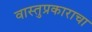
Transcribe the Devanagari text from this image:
वास्तुप्रकाराचा